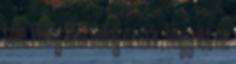
tőle. Pedig RÉGI dolog ez már, hogy itt ne